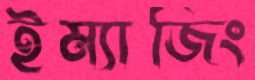
ইম্যাজিং